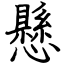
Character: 懸